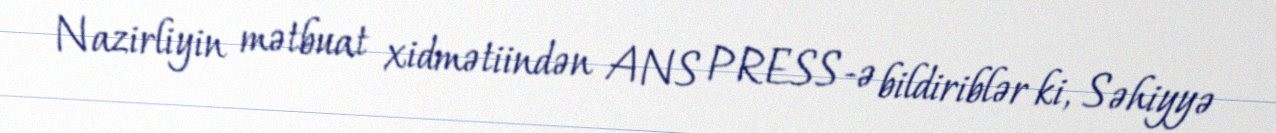
Nazirliyin mətbuat xidmətiindən ANS PRESS-ə bildiriblər ki, Səhiyyə